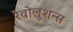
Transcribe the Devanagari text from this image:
रेवोलुशन्स